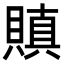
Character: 𧷒